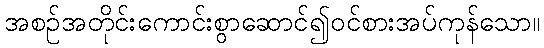
အစဉ်အတိုင်းကောင်းစွာဆောင်၍ဝင်စားအပ်ကုန်သော။